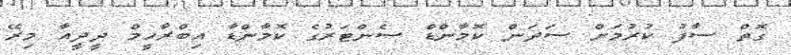
ގޮތް ސާފު ކުރުމަށް ސަދަން ކޮމާންޑް ސެންޓަރުގެ ކޮމާންޑާ އިބްރާހީމް ދީދީއާ މިރޭ